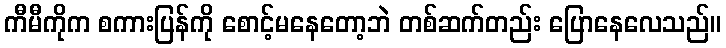
ကီမီကိုက စကားပြန်ကို စောင့်မနေတော့ဘဲ တစ်ဆက်တည်း ပြောနေလေသည်။